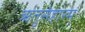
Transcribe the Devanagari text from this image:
ऋतुसंहारम्